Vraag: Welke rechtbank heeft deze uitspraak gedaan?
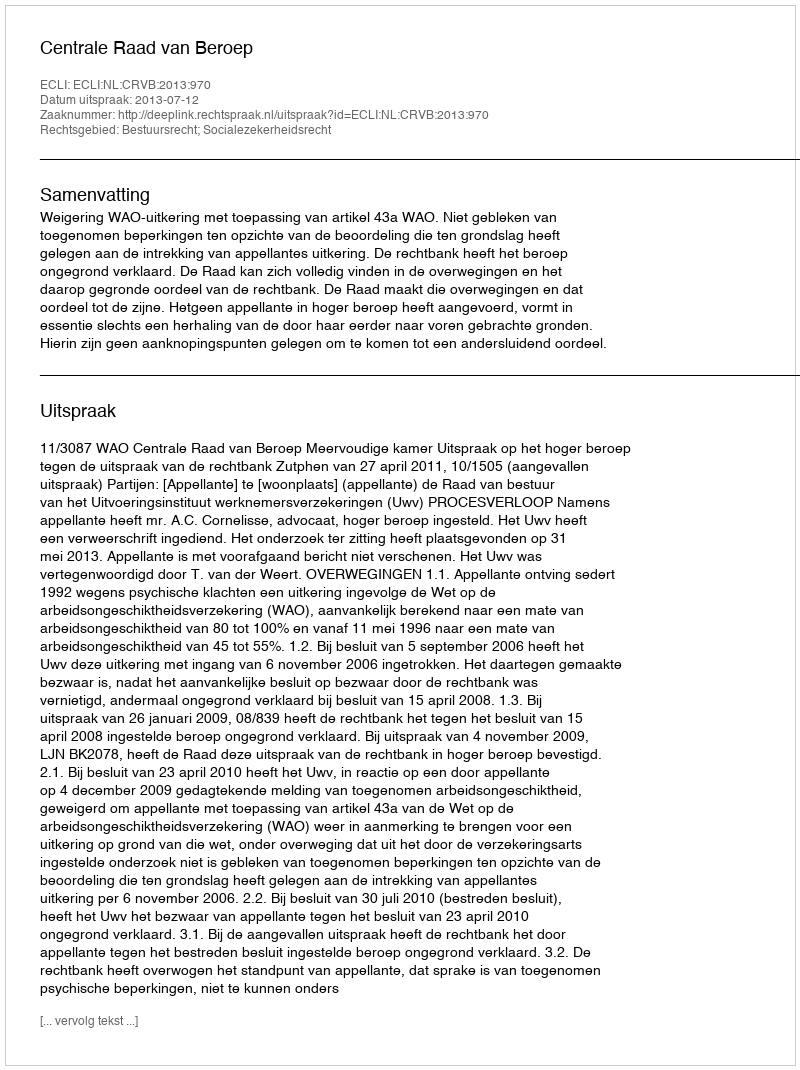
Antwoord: Centrale Raad van Beroep